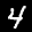
Label: 4